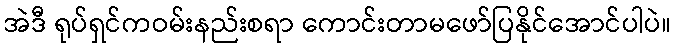
အဲဒီ ရုပ်ရှင်ကဝမ်းနည်းစရာ ကောင်းတာမဖော်ပြနိုင်အောင်ပါပဲ။